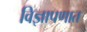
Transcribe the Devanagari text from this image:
विज्ञापणात